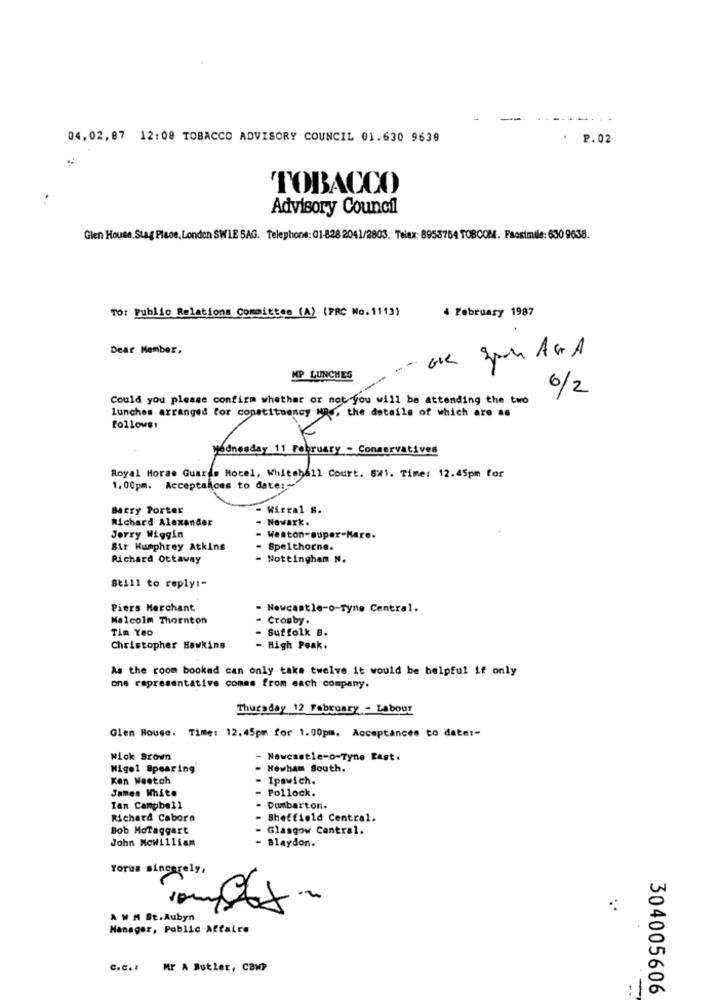
04.02, 07 12:08 TOBACCO ADVISORY COUNCIL 01.630 9638
. P.02
TOBACCO
Advisory Council
Glen House, Suag Place, London SWLE SAG. Telephone: 01-628 2041/2803. Telx: 8953754 TOBCOM. Passtmile: 630 9638.
TO: Public Relations Comoittes (A) (PRC No. 1113)
4 February 1987
Dear Member,
--
MP LUNCHES
6/2
Could you please confirm whether or not you will be attending the two
lunches arranged for constituency MR ., the details of which are as
follows:
Wednesday 11 February - Conservatives
Royal Horse Guards Hotel, Whitehall Court. 5W1. Time: 12.45pm for
1.00pm. Acceptances to date :~
Barry Porter
- Wirral S.
Richard Alexander
- Newark.
Jerry Wiggin
- Weston-super-Kare.
Sir Humphrey Atkins
Spelthorne.
Richard ottaway
- Nottingham N.
Still to reply :-
Piers Merchant
. Newcastle-o-Tyne Central.
Malcolm Thornton
- Crosby.
Tim Yeo
- Suffolk S.
Christopher Hawkins
- High Peak.
As the room booked can only take twelve it would be helpful if only
one representative comes from each company.
Thursday 12 February - Labour
Glen House. Time: 12.45pm for 1.00pm. Acceptances to date :-
Nick Brown
- Newcastle-o-Tyne East.
Nigel Spearing
Newham South.
Ken Weetch
Ipswich.
James White
Pollock.
Ian Campbell
Dumbarton.
Richard Caborn
- Sheffield Central.
Bob MoTaggart
- Glasgow Central.
John Mowilliam
- Blaydon.
Yorum sincerely,
.
A WM St.Aubyn
Manager, Public Affairs
C.C.I
Mr A Butler, CBW?
304005606